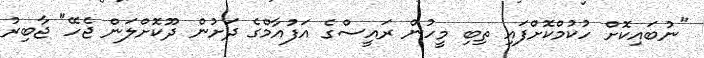
"ނުބައިކޮށް ހުކުމްކޮށްފައި ތިބި މީހުން ރައީސްގެ އަފުއާމްގެ ދަށުން ދޫކޮށްލަން ޖެހޭ" ޖާބިރު